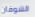
الشوفان